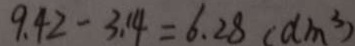
9 . 4 2 - 3 . 1 4 = 6 . 2 8 ( d m ^ { 3 } )